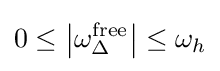
0\leq \left|\omega _{\Delta }^{\text{free}}\right|\leq \omega _{h}